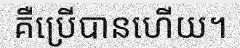
គឺប្រើបានហើយ។